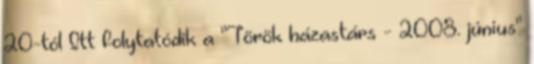
20-tól Itt folytatódik a "Török házastárs - 2008. június"